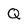
Character: Q